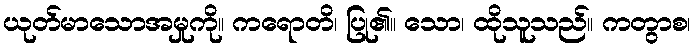
ယုတ်မာသောအမှုကို။ ကရောတိ၊ ပြု၏။ သော၊ ထိုသူသည်။ ကတွာစ၊